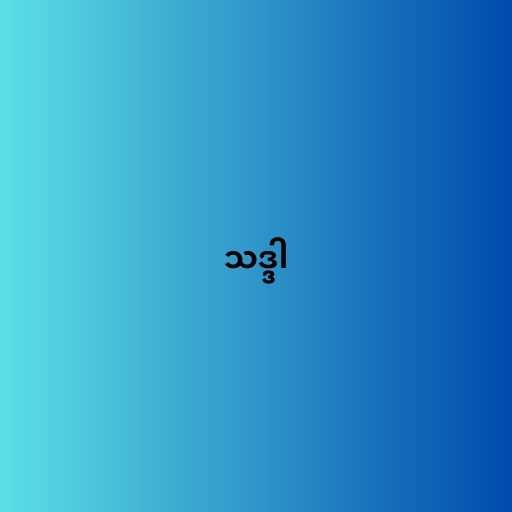
သဒ္ဒါ